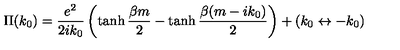
\Pi ( k _ { 0 } ) = { \frac { e ^ { 2 } } { 2 i k _ { 0 } } } \left( \tanh { \frac { \beta m } { 2 } } - \tanh { \frac { \beta ( m - i k _ { 0 } ) } { 2 } } \right) + ( k _ { 0 } \leftrightarrow - k _ { 0 } )